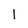
Character: 1